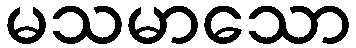
မသမာသော